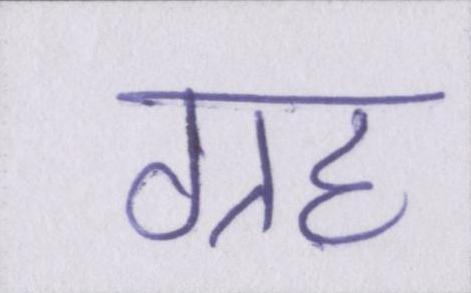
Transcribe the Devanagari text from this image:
ग्रह